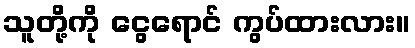
သူတို့ကို ငွေရောင် ကွပ်ထားလား။